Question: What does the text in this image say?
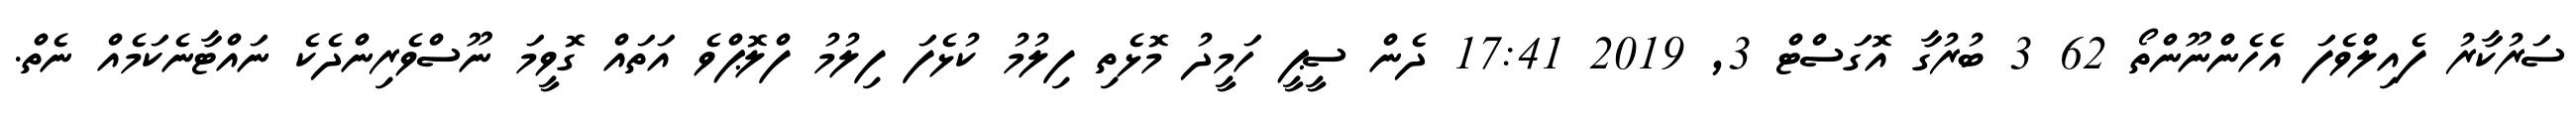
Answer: ސަރުކާރު ފެއިލްވެފަ އެހެންނޫންތޯ 62 3 ބުރުގާ އޮގަސްޓް 3, 2019 17:41 ދެން ސީޕީ ހަމީދު މޮޅެތި ފިލުމު ކުޅެފަ ފިލުމު ފްލޮޕްވެ އަތައް ގޮވީމަ ނޫސްވެރިންދެކެ ނައްޓާނެކަމެއް ނެތް.